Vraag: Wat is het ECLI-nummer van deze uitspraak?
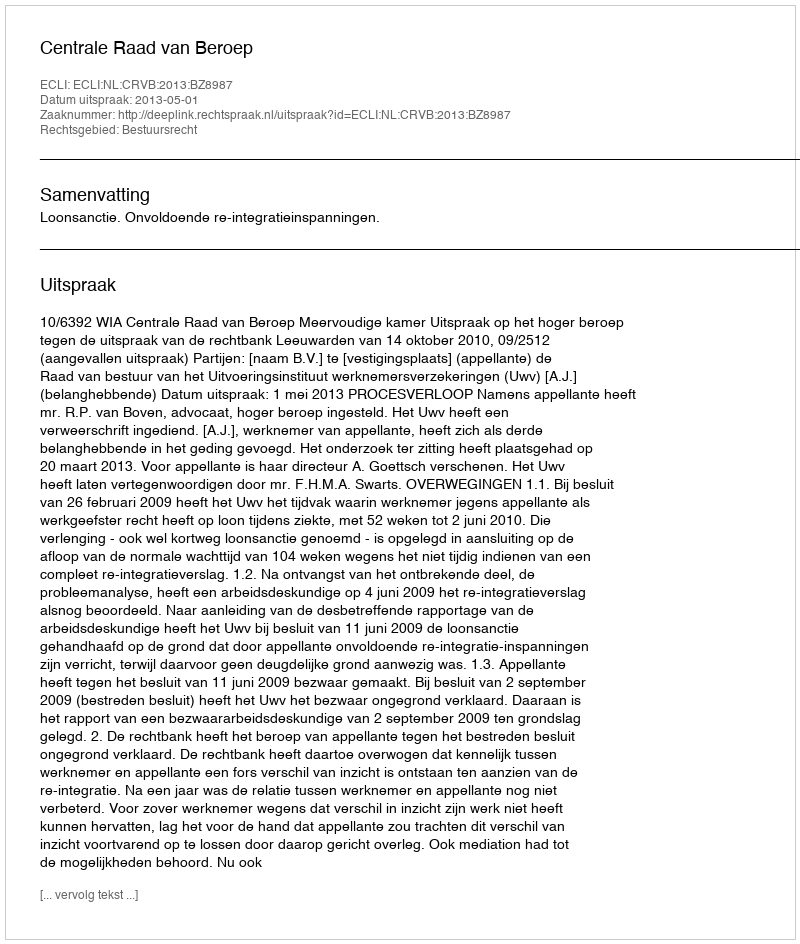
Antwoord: ECLI:NL:CRVB:2013:BZ8987